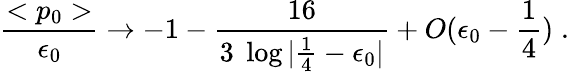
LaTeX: {\frac{<p_{0}>}{\epsilon_{0}}}\rightarrow-1-{\frac{16}{3\; \log|\frac{1}{4}-\epsilon_{0}|}}+O(\epsilon_{0}-\frac{1}{4})\; .